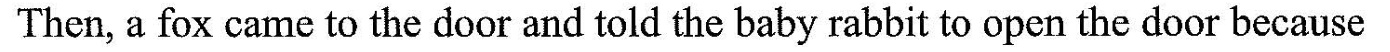
Then, a fox came to the door and told the baby rabbit to open the door because